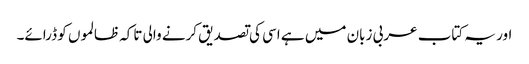
اور یہ کتاب عربی زبان میں ہے اسی کی تصدیق کرنے والی تاکہ ظالموں کو ڈرائے۔